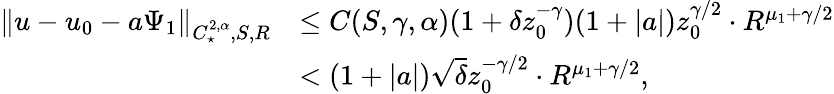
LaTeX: \begin{array}{rl}{\| u-u_{0}-a\Psi_{1}\| _{C_{\star}^{2,\alpha},S,R}}&{\leq C(S,\gamma,\alpha)(1+\delta z_{0}^{-\gamma})(1+|a|)z_{0}^{\gamma/2}\cdot R^{\mu_{1}+\gamma/2}}\\ &{<(1+|a|)\sqrt{\delta}z_{0}^{-\gamma/2}\cdot R^{\mu_{1}+\gamma/2},}\end{array}